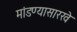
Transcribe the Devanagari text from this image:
मांडण्यासारखे